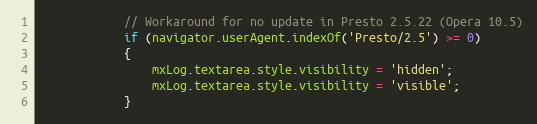
Language: JavaScript
			// Workaround for no update in Presto 2.5.22 (Opera 10.5)
			if (navigator.userAgent.indexOf('Presto/2.5') >= 0)
			{
				mxLog.textarea.style.visibility = 'hidden';
				mxLog.textarea.style.visibility = 'visible';
			}